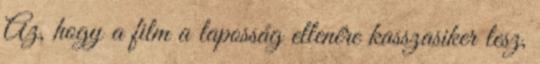
Az, hogy a film a laposság ellenére kasszasiker lesz,